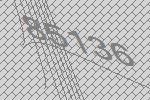
85136